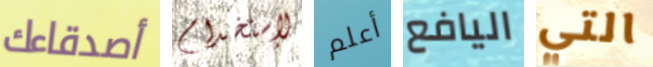
أصدقاءك لإستخدام أعلم اليافع التي